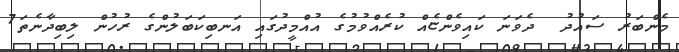
މެންބަރު ސައުދު  ދެވަނަ ކައިވެންޏެއް ކުރެއްވުމުގެ އުއްމީދުގައި އަނބިކަބަލުންގެ ރުހުން ލިބިދާނެތަ7